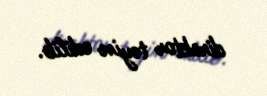
direktor təyin edilib.